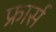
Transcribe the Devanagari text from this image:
फ्रार्स